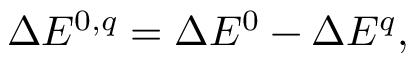
\Delta E ^ { 0 , q } = \Delta E ^ { 0 } - \Delta E ^ { q } ,